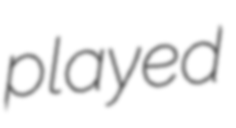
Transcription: played